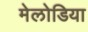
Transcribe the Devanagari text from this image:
मेलोडिया